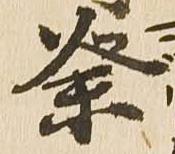
祭